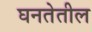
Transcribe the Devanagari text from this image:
घनतेतील